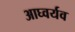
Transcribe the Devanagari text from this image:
आघ्वर्यव